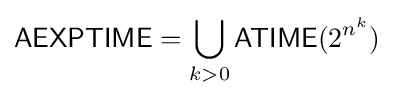
{\mathsf {AEXPTIME}}=\bigcup _{k>0}{\mathsf {ATIME}}(2^{n^{k}})